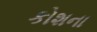
કોશના